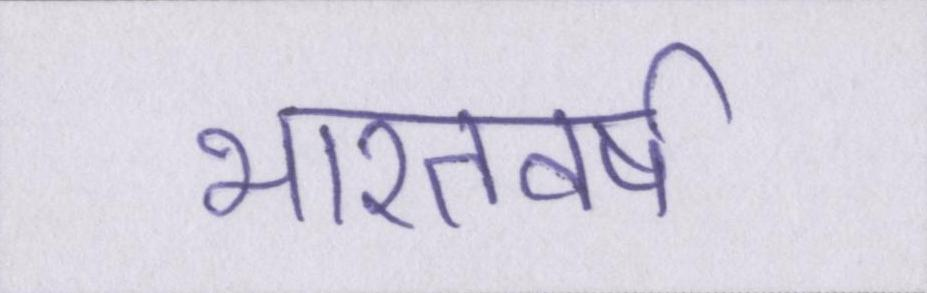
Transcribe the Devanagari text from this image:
भारतवर्ष